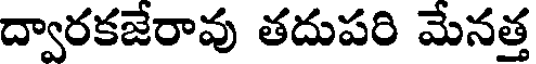
ద్వారకజేరావు తదుపరి మేనత్త